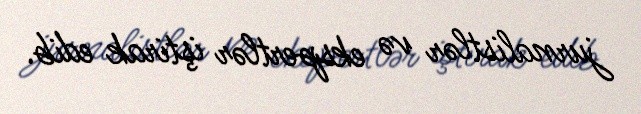
jurnalistlər və ekspertlər iştirak edib.